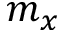
m _ { x }